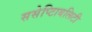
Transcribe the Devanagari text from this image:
ससेप्टिाबलिटी